Plague in India, 1896, 1897 - Volume 3
Year: 1896
Disease focus: Plague
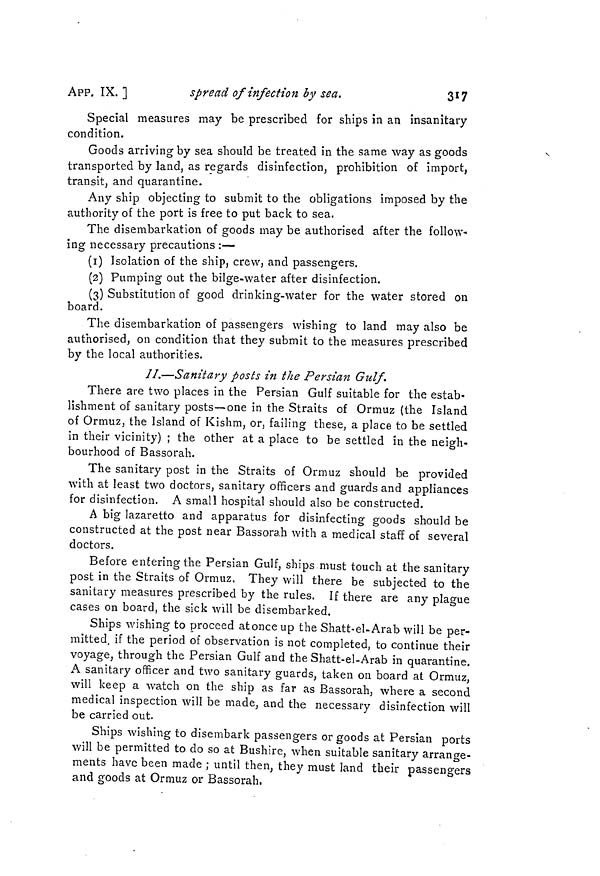
APP. IX. ]
spread of infection by sea.
317
Special measures may be prescribed for ships in an insanitary
condition.
Goods arriving by sea should be treated in the same way as goods
transported by land, as regards disinfection, prohibition of import,
transit, and quarantine.
Any ship objecting to submit to the obligations imposed by the
authority of the port is free to put back to sea.
The disembarkation of goods may be authorised after the follow-
ing necessary precautions :—
(1) Isolation of the ship, crew, and passengers.
(2) Pumping out the bilge-water after disinfection.
(3) Substitution of good drinking-water for the water stored on
board.
The disembarkation of passengers wishing to land may also be
authorised, on condition that they submit to the measures prescribed
by the local authorities.
//.—Sanitary posts in the Persian Gulf.
There are two places in the Persian Gulf suitable for the estab-
lishment of sanitary posts—one in the Straits of Ormuz (the Island
of Ormuz, the Island of Kishm, or, failing these, a place to be settled
in their vicinity) ; the other at a place to be settled in the neigh-
bourhood of Bassorah.
The sanitary post in the Straits of Ormuz should be provided
with at least two doctors, sanitary officers and guards and appliances
for disinfection. A small hospital should also be constructed.
A big lazaretto and apparatus for disinfecting goods should be
constructed at the post near Bassorah with a medical staff of several
doctors.
Before entering the Persian Gulf, ships must touch at the sanitary
post in the Straits of Ormuz. They will there be subjected to the
sanitary measures prescribed by the rules. If there are any plague
cases on board, the sick will be disembarked.
Ships wishing to proceed atonceup the Shatt-el-Arab will be per-
mitted, if the period of observation is not completed, to continue their
voyage, through the Persian Gulf and the Shatt-el-Arab in quarantine.
A sanitary officer and two sanitary guards, taken on board at Ormuz,
will keep a watch on the ship as far as Bassorah, where a second
medical inspection will be made, and the necessary disinfection will
be carried out.
Ships wishing to disembark passengers or goods at Persian ports
will be permitted to do so at Bushire, when suitable sanitary arrange-
ments have been made ; until then, they must land their passengers
and goods at Ormuz or Bassorah.